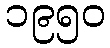
၁၉၅၀